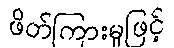
ဖိတ်ကြားမှုဖြင့်